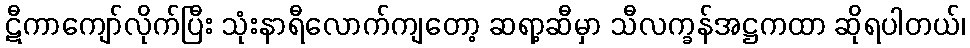
ဋီကာကျော်လိုက်ပြီး သုံးနာရီလောက်ကျတော့ ဆရာ့ဆီမှာ သီလက္ခန်အဋ္ဌကထာ ဆိုရပါတယ်၊